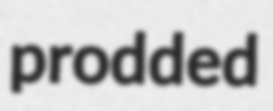
prodded